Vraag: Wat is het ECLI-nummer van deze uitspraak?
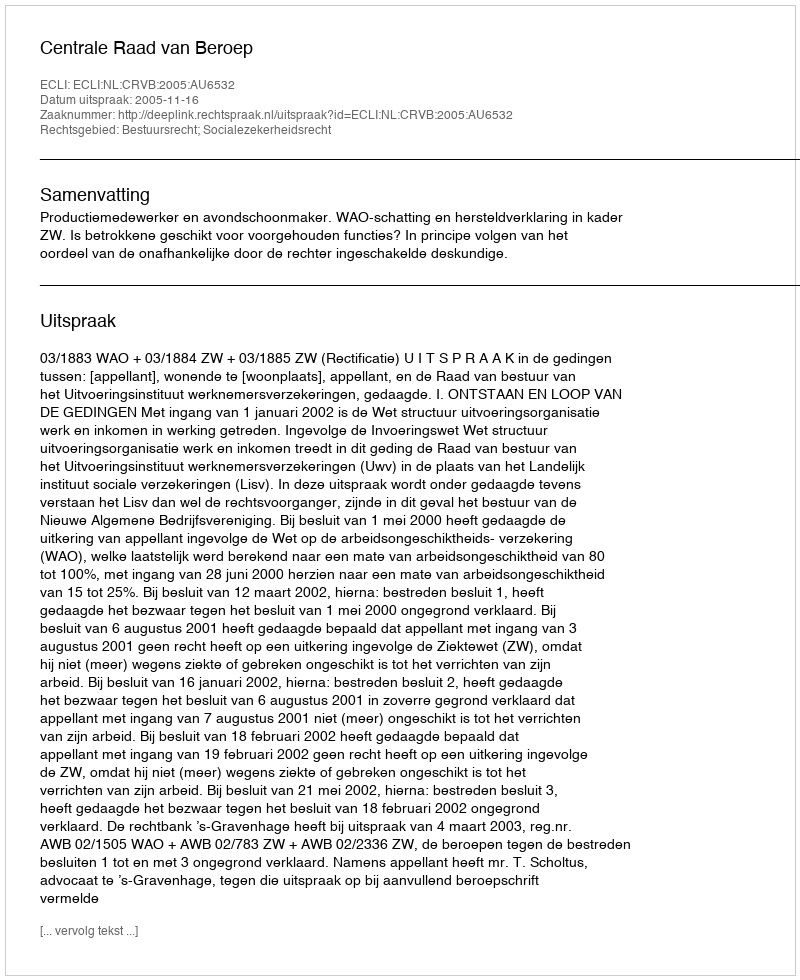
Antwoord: ECLI:NL:CRVB:2005:AU6532